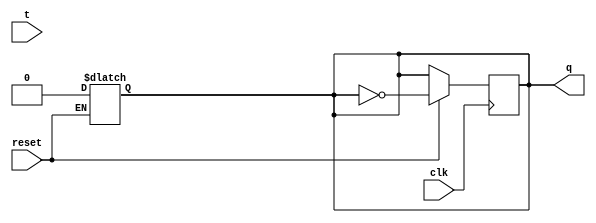
module q2(t,clk,reset,q);
    input t,clk,reset;
    output reg q;
    always @(negedge clk)
        if (reset)
            q <= ~q;

    always @(reset)
        if (!reset)
            q <= 0;

endmodule